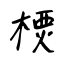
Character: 樮